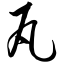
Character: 瓦